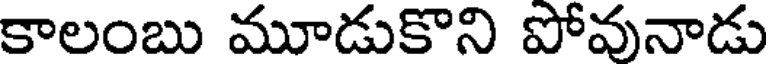
కాలంబు మూడుకొని పోవునాడు